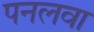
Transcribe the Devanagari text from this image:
पनलवा